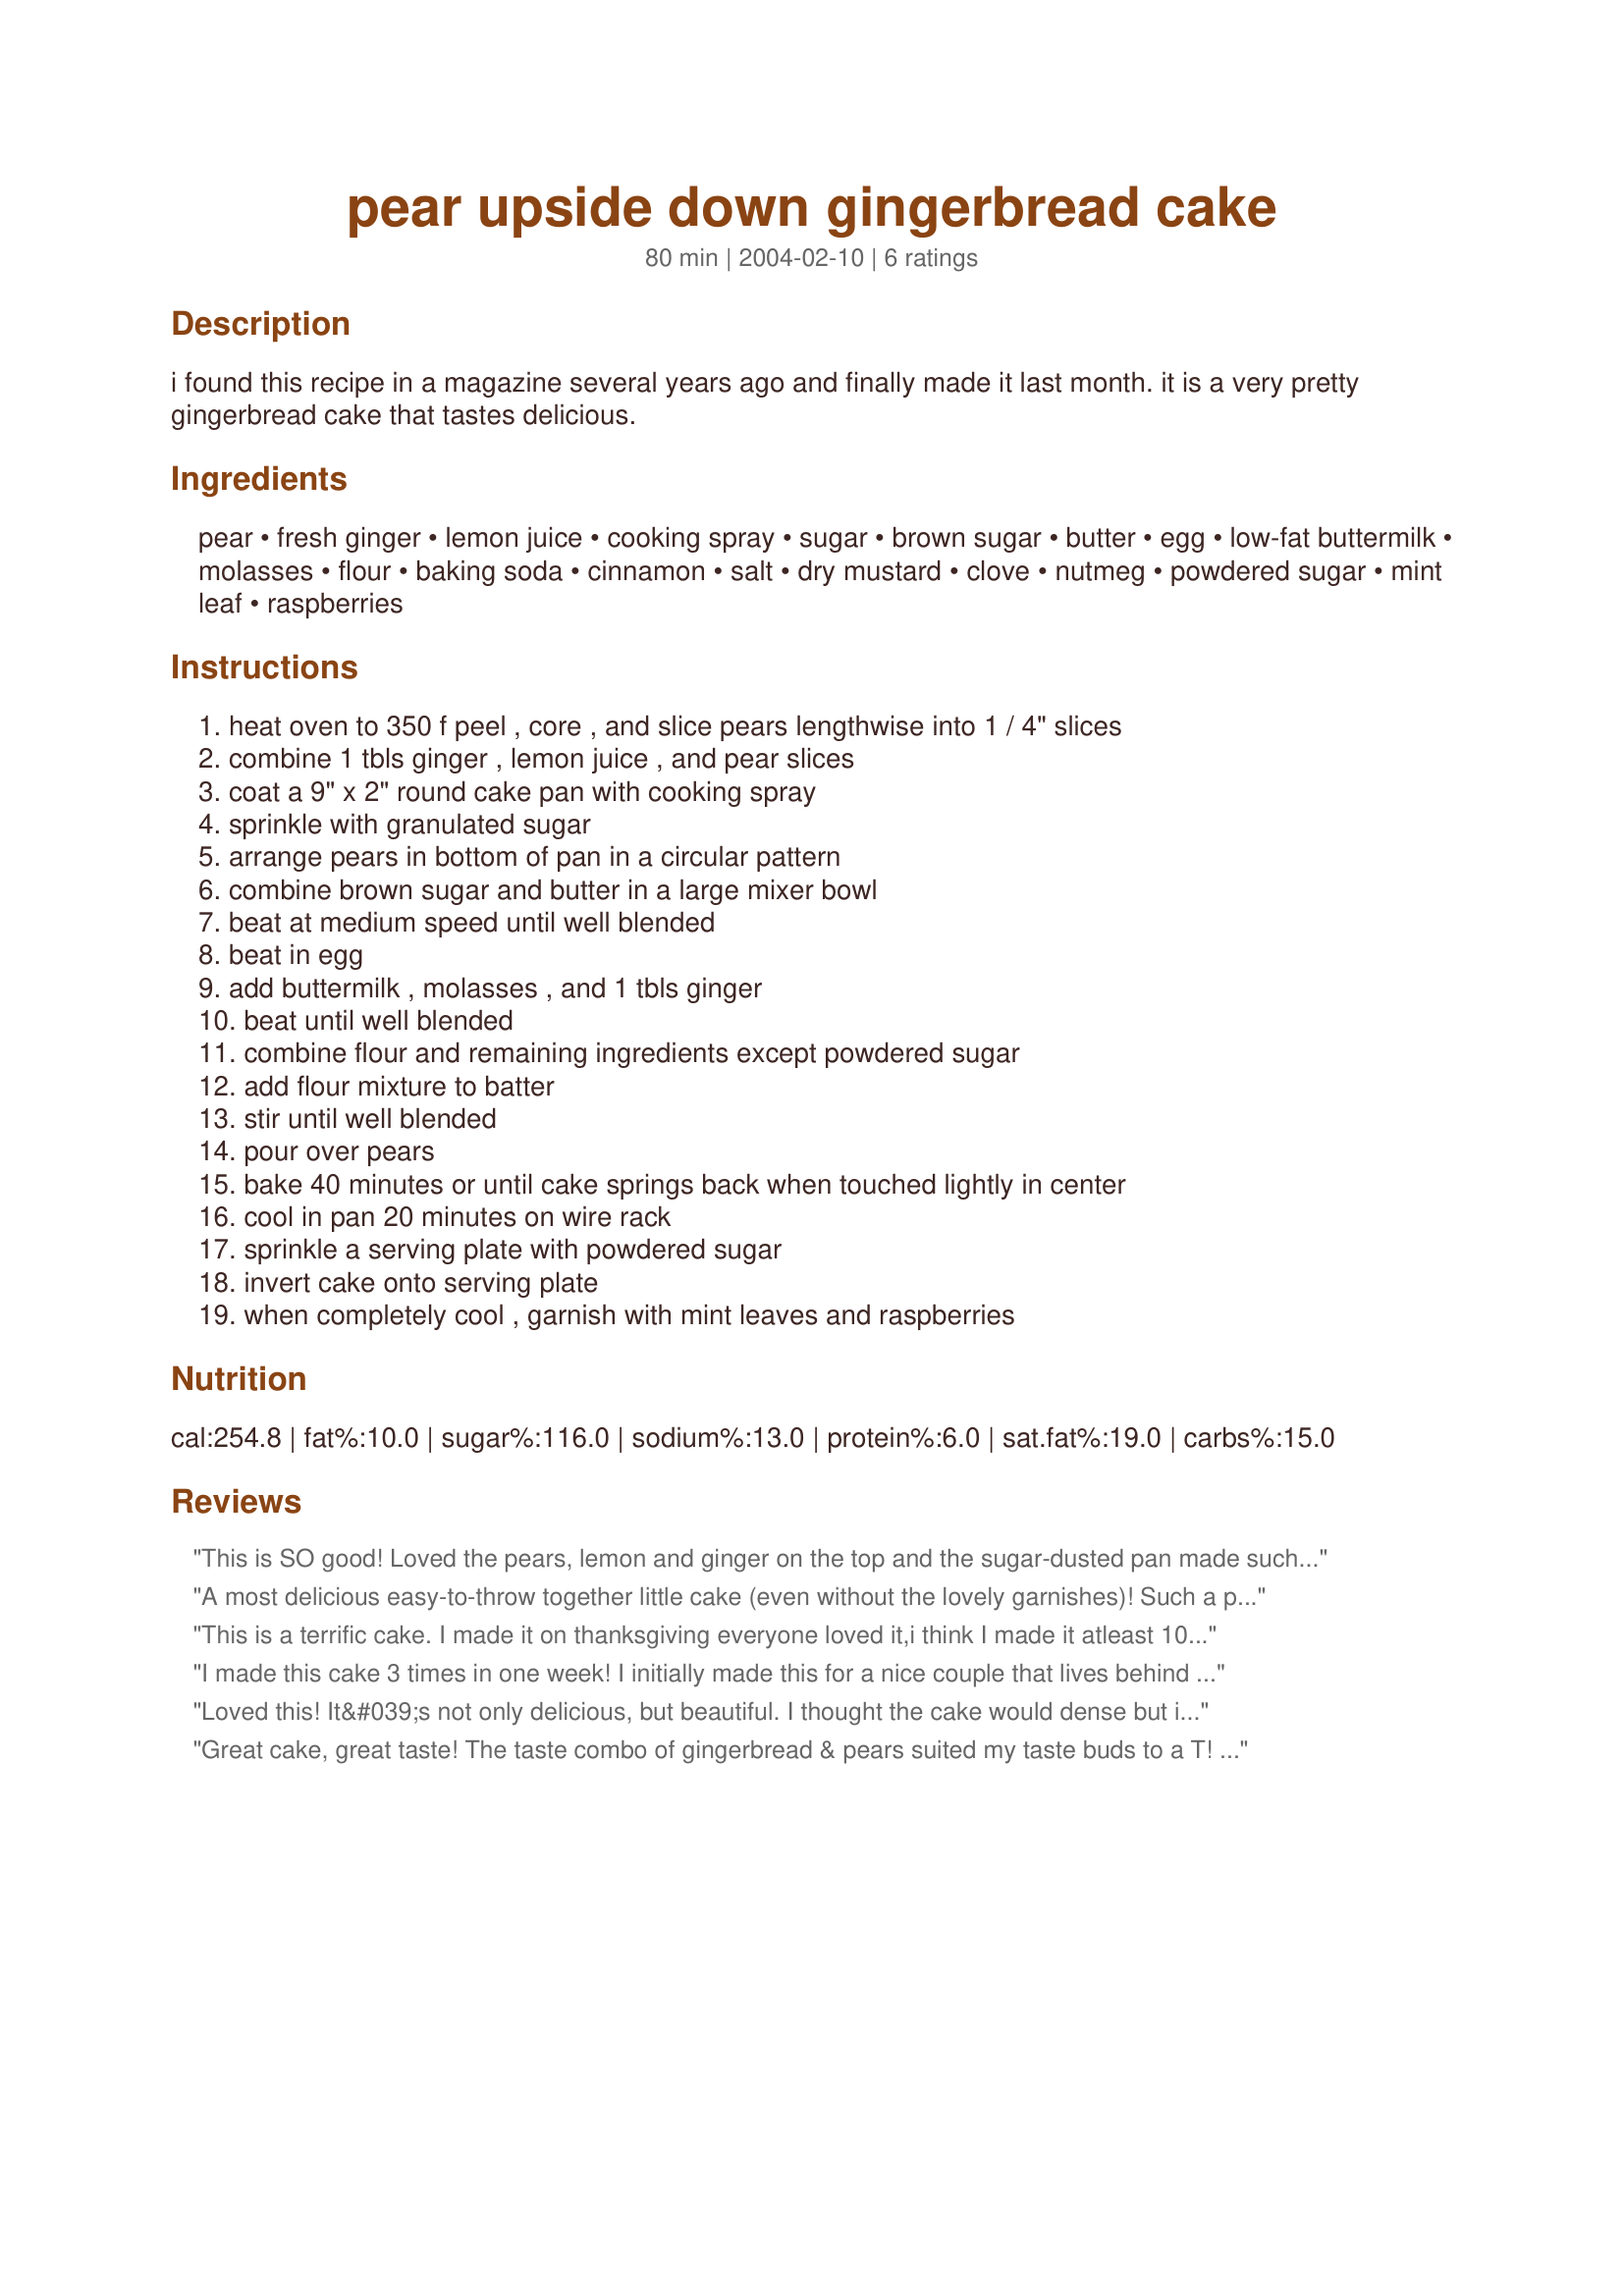
pear upside down gingerbread cake
Preparation time: 80 minutes

i found this recipe in a magazine several years ago and finally made it last month. it is a very pretty gingerbread cake that tastes delicious.

Ingredients:
pear, fresh ginger, lemon juice, cooking spray, sugar, brown sugar, butter, egg, low-fat buttermilk, molasses, flour, baking soda, cinnamon, salt, dry mustard, clove, nutmeg, powdered sugar, mint leaf, raspberries

Steps:
heat oven to 350 f peel , core , and slice pears lengthwise into 1 / 4" slices, combine 1 tbls ginger , lemon juice , and pear slices, coat a 9" x 2" round cake pan with cooking spray, sprinkle with granulated sugar, arrange pears in bottom of pan in a circular pattern, combine brown sugar and butter in a large mixer bowl, beat at medium speed until well blended, beat in egg, add buttermilk , molasses , and 1 tbls ginger, beat until well blended, combine flour and remaining ingredients except powdered sugar, add flour mixture to batter, stir until well blended, pour over pears, bake 40 minutes or until cake springs back when touched lightly in center, cool in pan 20 minutes on wire rack, sprinkle a serving plate with powdered sugar, invert cake onto serving plate, when completely cool , garnish with mint leaves and raspberries

Reviews:
This is SO good! Loved the pears, lemon and ginger on the top and the sugar-dusted pan made such an awesome texture! Really fabulous recipe! (I have to say I was nervous about the 1/4 tsp. of dry mustard, but I made it as the recipe said and it was amazing!) Thanks for posting this recipe. We'll be making it over and over!
A most delicious easy-to-throw together little cake (even without the lovely garnishes)! Such a perfect size for a small household too! I sifted the dry ingredients before mixing with the wet but otherwise stayed on-track with the recipe. It was so hard to wait the 20 minutes before plating as it smelled so wonderful! DH & I each enjoyed a generous wedge with our afternoon coffee - and it was delicious! Thank you "Kathy" for a lovely little sleeper keeper - we will use it over & over!
This is a terrific cake. I made it on thanksgiving everyone loved it,i think I made it atleast 10 times since.
I made this cake 3 times in one week! I initially made this for a nice couple that lives behind us as a thank you. My MIL was in and she and my husband smelled it baking...hence, the second cake. Both of these I made with fresh pears and they were delicious. Later in the week I made this cake for the ladies that take my water aerobics class and I forgot to got get pears but had a can of pears in the pantry. I drained the pears well and proceeded as directed. Beautiful results as well. I had to email copies of the recipe to all of them. It is not too sweet so can be enjoyed for dessert, snack and even breakfast!
Loved this! It&#039;s not only delicious, but beautiful. I thought the cake would dense but it had the consistency of sponge cake, nice and light. I loved the fresh zing of the ginger pear combo and it wasn&#039;t overly sweet.I baked it in a black cake pan lined with parchment paper and took it out at 30 mins. Perfect! Thanks for posting the keeper.
Great cake, great taste! The taste combo of gingerbread & pears suited my taste buds to a T! Will definitely be making this one again & again! Thanks for the recipe! [Made & reviewed as a tagged bonus in Aus/NZ Recipe Swap #14, Mar 08]
